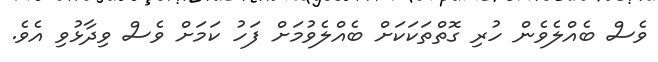
ވެސް ބެއްލެވެން ހުރި ގޮތްތަކަކަށް ބެއްލެވުމަށް ފަހު ކަމަށް ވެސް ވިދާޅުވި އެވެ.